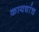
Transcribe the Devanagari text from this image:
कायद्यांच